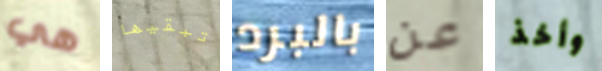
هي تبقيها بالبرد عن وأخذ